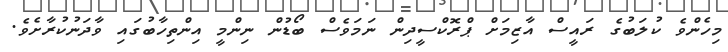
މިހެންވެ ކުލަބުގެ ރައީސް އާޒިމަށް ޕްރޮކްސީދިން ނަމަވެސް ބޯޑުން ނިންމީ އިންތިހާބުގައި ވާދަނުކުރާށެވެ.